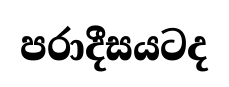
පරාදීසයටද